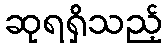
ဆုရရှိသည့်